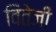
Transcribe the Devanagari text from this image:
वितेजी